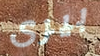
بيرى